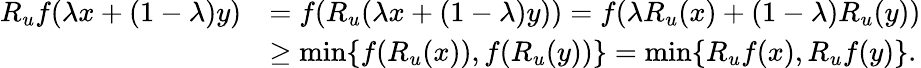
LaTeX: \begin{array}{rl}{R_{u}f(\lambda x+(1-\lambda)y)}&{=f(R_{u}(\lambda x+(1-\lambda)y))=f(\lambda R_{u}(x)+(1-\lambda)R_{u}(y))}\\ &{\geq\operatorname*{min}\{ f(R_{u}(x)),f(R_{u}(y))\} =\operatorname*{min}\{ R_{u}f(x),R_{u}f(y)\} .}\end{array}